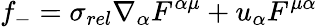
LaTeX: f_{-}=\sigma_{rel}\nabla_{\alpha}F^{\alpha\mu}+u_{\alpha}F^{\mu\alpha}